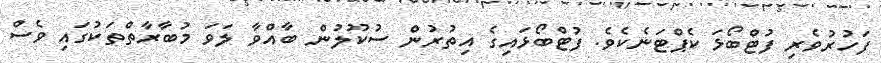
ފަހުރުވެރި ފުޓްބޯޅަ ކެޕްޓަނެކެވެ. ފުޓްބޯޅައިގެ އިތުރުން ސުކޫލުން ބާއްވާ ލަވަ މުބާރާތްތަކުގައި ވެސް